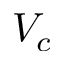
V _ { c }